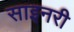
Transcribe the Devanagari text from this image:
साइनरी